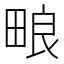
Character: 𬏊